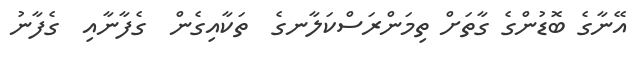
އޭނާގެ ބޮޑުންގެ ގާތަށް ތިމަންރަސްކަލާނގެ  ތަކާއިގެން  ގެފާނާއި  ގެފާނު